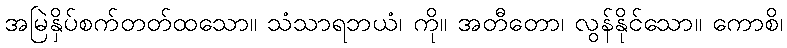
အမြဲနှိပ်စက်တတ်ထသော။ သံသာရဘယံ၊ ကို။ အတီတော၊ လွန်နိုင်သော။ ကောစိ၊